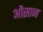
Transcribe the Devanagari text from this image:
औसान